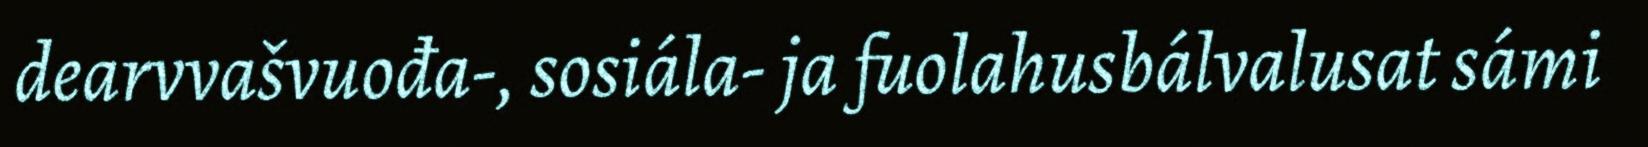
dearvvašvuođa-, sosiála- ja fuolahusbálvalusat sámi